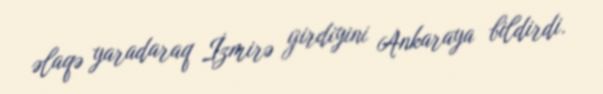
əlaqə yaradaraq İzmirə girdiyini Ankaraya bildirdi.